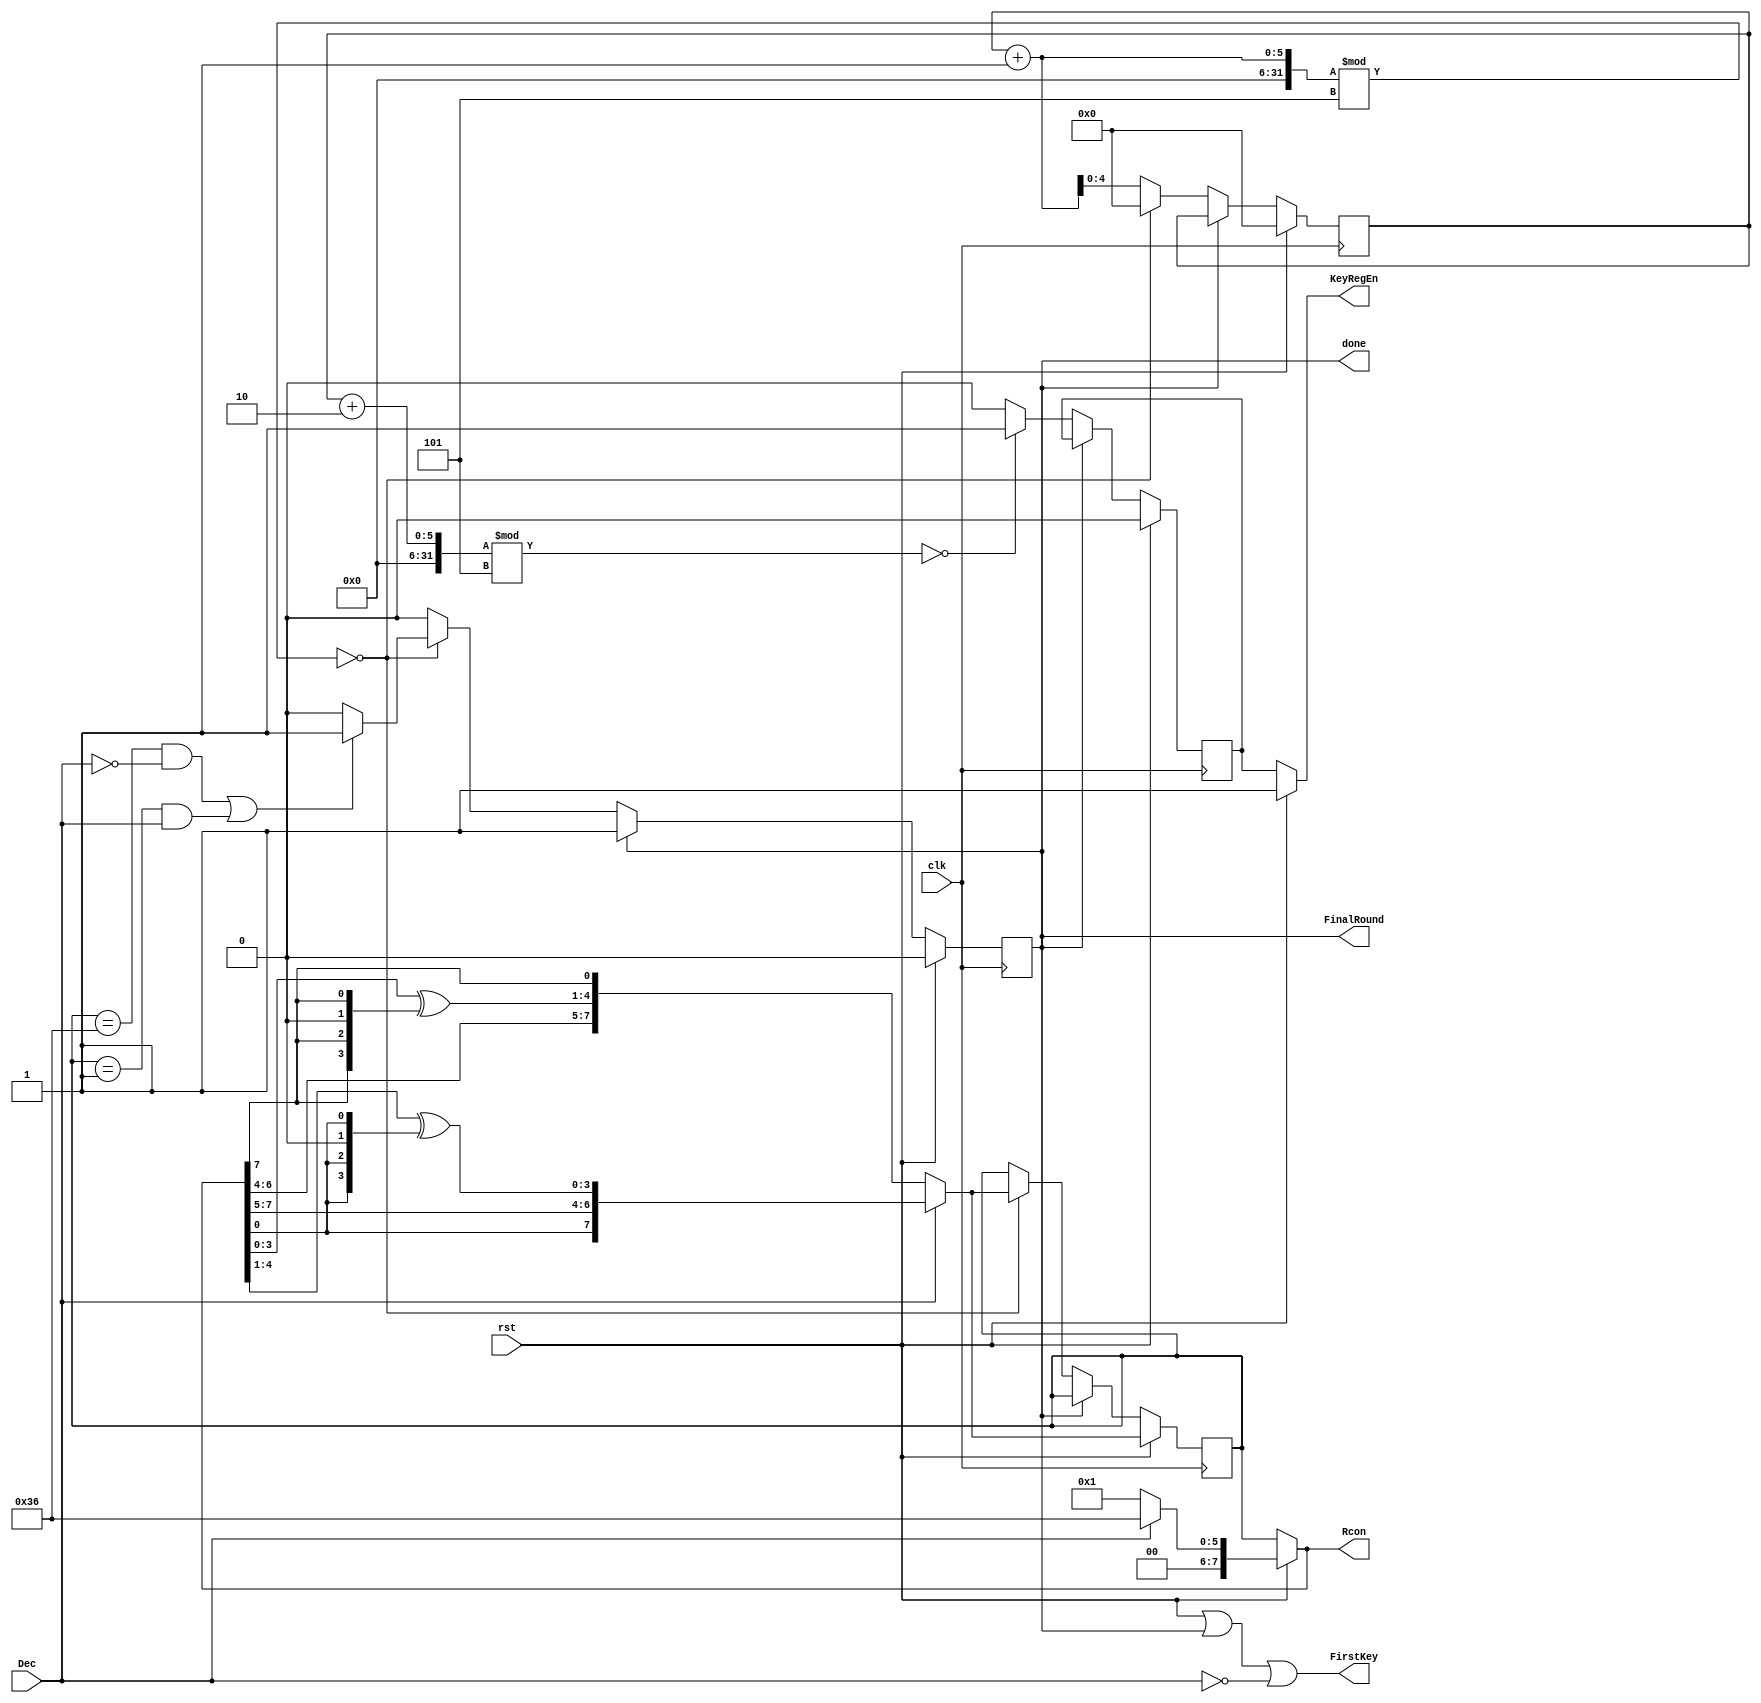
//-----------------------------------------------------------------
//-- COMPANY : Ruhr University Bochum
//-- AUTHOR  : Aein Rezaei Shahmirzadi (aein.rezaeishahmirzadi@rub.de) and Amir Moradi (amir.moradi@rub.de) 
//-- DOCUMENT: [New First-Order Secure AES Performance Records](IACR Transactions on Cryptographic Hardware and Embeded Systems 2021(2))
//-- -----------------------------------------------------------------
//--
//-- Copyright (c) 2021, Aein Rezaei Shahmirzadi, Amir Moradi, 
//--
//-- All rights reserved.
//--
//-- THIS SOFTWARE IS PROVIDED BY THE COPYRIGHT HOLDERS AND CONTRIBUTORS "AS IS" AND
//-- ANY EXPRESS OR IMPLIED WARRANTIES, INCLUDING, BUT NOT LIMITED TO, THE IMPLIED
//-- WARRANTIES OF MERCHANTABILITY AND FITNESS FOR A PARTICULAR PURPOSE ARE
//-- DISCLAIMED. IN NO EVENT SHALL THE COPYRIGHT HOLDER OR CONTRIBUTERS BE LIABLE FOR ANY
//-- DIRECT, INDIRECT, INCIDENTAL, SPECIAL, EXEMPLARY, OR CONSEQUENTIAL DAMAGES
//-- (INCLUDING, BUT NOT LIMITED TO, PROCUREMENT OF SUBSTITUTE GOODS OR SERVICES;
//-- LOSS OF USE, DATA, OR PROFITS; OR BUSINESS INTERRUPTION) HOWEVER CAUSED AND
//-- ON ANY THEORY OF LIABILITY, WHETHER IN CONTRACT, STRICT LIABILITY, OR TORT
//-- (INCLUDING NEGLIGENCE OR OTHERWISE) ARISING IN ANY WAY OUT OF THE USE OF THIS
//-- SOFTWARE, EVEN IF ADVISED OF THE POSSIBILITY OF SUCH DAMAGE.
//--
//-- Please see LICENSE and README for license and further instructions.
//--

module Controller 
	#(parameter sbox_latency=5)
	(input clk,
    input rst,
	 input Dec,
    output FirstKey,
	 output reg FinalRound,
    output KeyRegEn,
    output [7:0] Rcon,
    output done
    );

	reg  [4:0] PerRoundCounter;
	reg  [7:0] Rcon_Reg;
	reg        KeyRegEnReg;
	wire [7:0] Rcon_x2;
	wire [7:0] Rcon_d2;
	
	wire [7:0] conditionalXOR;
	wire [7:0] ShiftedData;
	
	assign Rcon_x2 = {Rcon[6:4], Rcon[3:0] ^ {Rcon[7], Rcon[7], 1'b0, Rcon[7]}, Rcon[7]};
	assign Rcon_d2 = {Rcon[0], Rcon[7:5], Rcon[4:1] ^ {Rcon[0], Rcon[0], 1'b0, Rcon[0]}};
	
	assign Rcon       = rst ? (Dec ? 8'h36 : 8'h01) : Rcon_Reg;
	assign KeyRegEn	= rst ? 1'b1  : KeyRegEnReg;
	assign FirstKey   = rst | FinalRound | (!Dec);
	assign done       = FinalRound;
	
	always @(posedge clk) begin
		if (rst) begin
			PerRoundCounter 		<= 0;
			Rcon_Reg 				<= Dec ? Rcon_d2 : Rcon_x2;
			KeyRegEnReg				<= 0;
			FinalRound				<= 0;
		end
		else if (done == 0) begin
			PerRoundCounter 		<= PerRoundCounter + 1;
			KeyRegEnReg				<= 0;
			
			if (((PerRoundCounter + 2) % sbox_latency) == 0) begin
				KeyRegEnReg			<= 1;
			end

			if (((PerRoundCounter + 1) % sbox_latency) == 0) begin
				PerRoundCounter 	<= 5'd0;
				Rcon_Reg 			<= Dec ? Rcon_d2 : Rcon_x2;
				
				if (((Rcon_Reg == 8'h36) && (Dec == 1'b0)) ||
					 ((Rcon_Reg == 8'h01) && (Dec == 1'b1)))	begin
					FinalRound		<= 1;
				end	
			end
		end
	end
	
endmodule